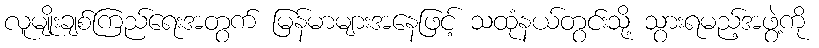
လူမျိုးချစ်ကြည်ရေးအတွက် မြန်မာများအနေဖြင့် သထုံနယ်တွင်းသို့ သွားရမည့်အဖွဲ့ကို